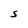
Character: S